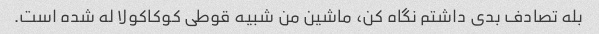
بله تصادف بدی داشتم نگاه کن، ماشین من شبیه قوطی کوکاکولا له شده است.